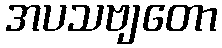
အပသဗျတော